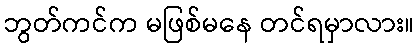
ဘွတ်ကင်က မဖြစ်မနေ တင်ရမှာလား။